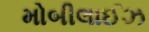
મોબીલાઈઝ